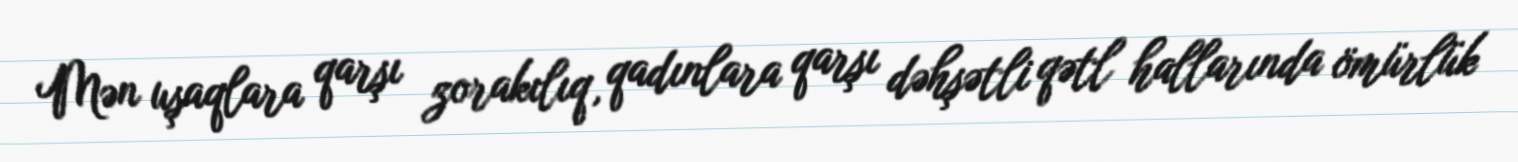
Mən uşaqlara qarşı zorakılıq, qadınlara qarşı dəhşətli qətl hallarında ömürlük